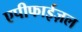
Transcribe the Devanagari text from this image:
एपीफाईज़ल